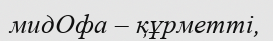
мидОфа – құрметті,